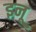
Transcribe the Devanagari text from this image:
इनू